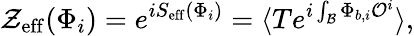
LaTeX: {\cal Z}_{\mathrm{eff}}(\Phi_{i})=e^{iS_{\mathrm{eff}}(\Phi_{i})}=\langle Te^{i\int_{\cal B}\Phi_{b,i}{\cal O}^{i}}\rangle,